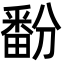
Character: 𬏔